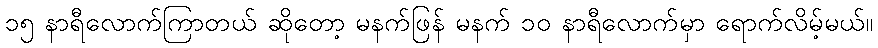
၁၅ နာရီလောက်ကြာတယ် ဆိုတော့ မနက်ဖြန် မနက် ၁၀ နာရီလောက်မှာ ရောက်လိမ့်မယ်။